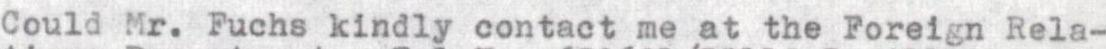
Could Mr. Fuchs kindly contact me at the Foreign Rela-